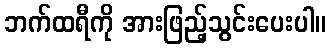
ဘက်ထရီကို အားဖြည့်သွင်းပေးပါ။